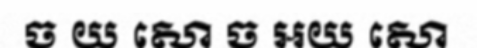
ច យ សោ ច អយ សោ